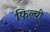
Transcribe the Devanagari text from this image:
फिल्थी